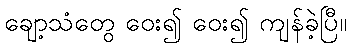
ချော့သံတွေ ဝေး၍ ဝေး၍ ကျန်ခဲ့ပြီ။